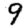
Digit: 9